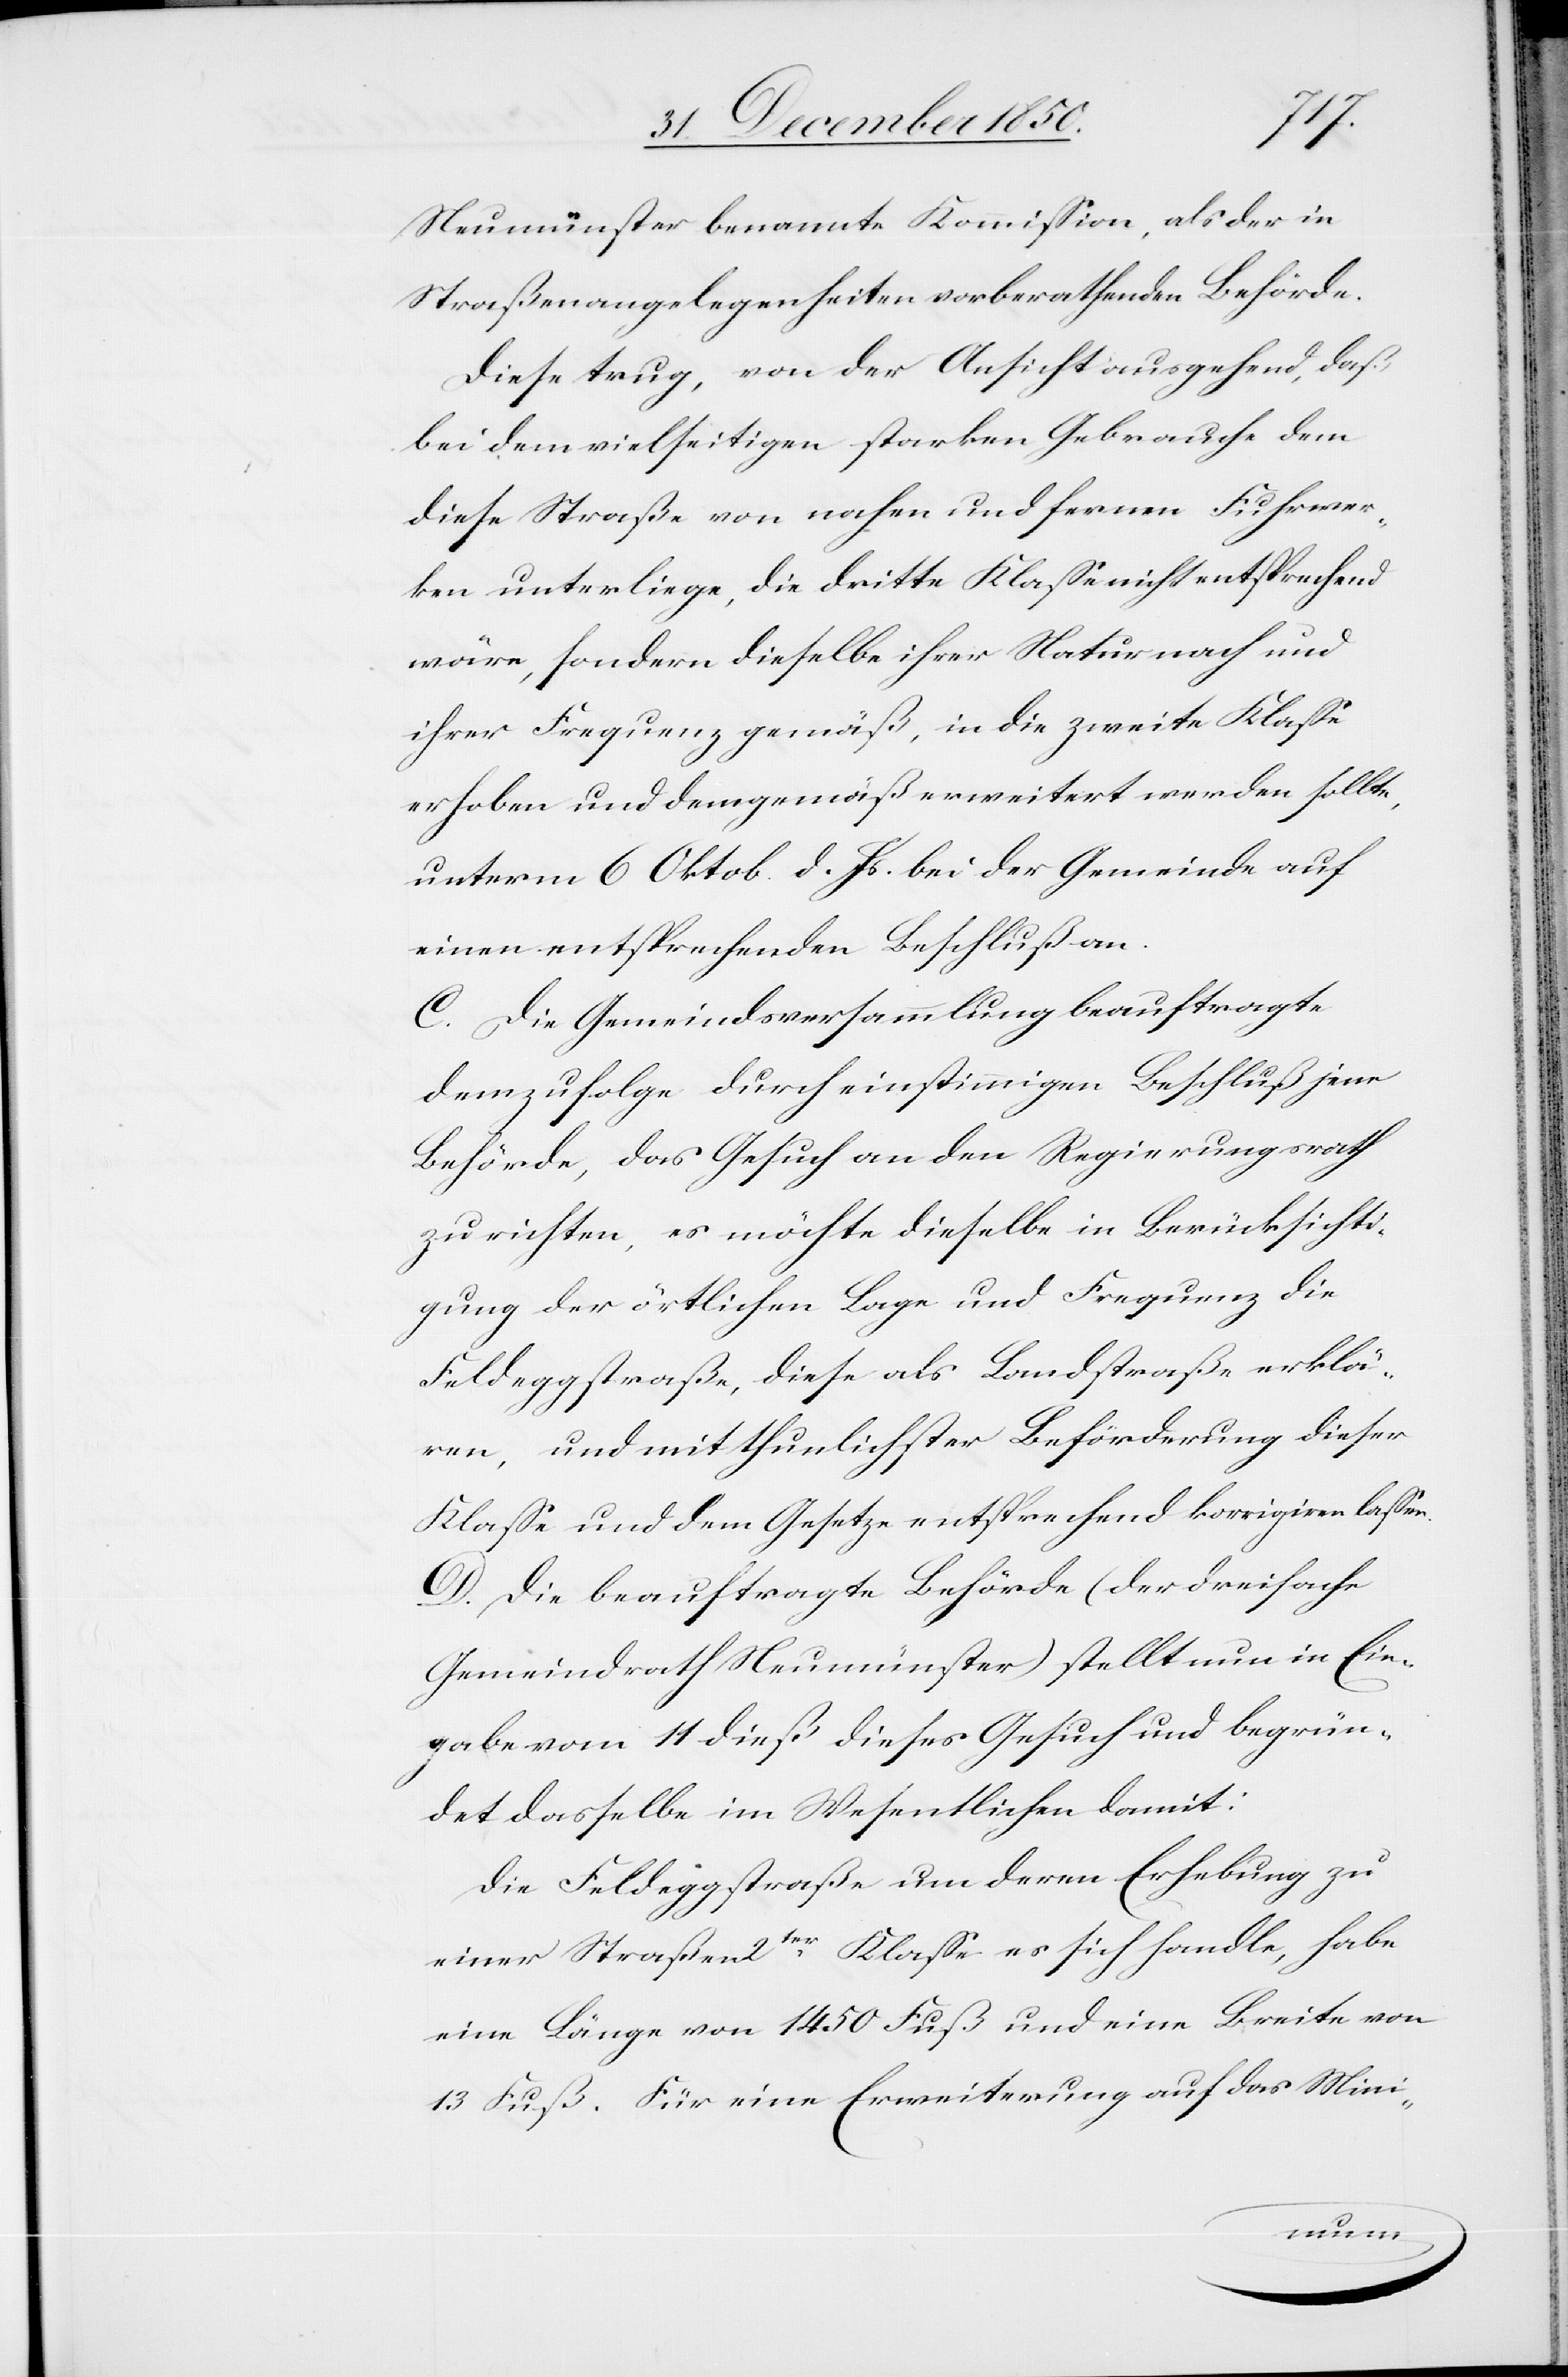
Neumünster benannte Kommission, als der in
Straßenangelegenheiten vorberathenden Behörde.
Diese trug, von der Ansicht ausgehend, daß
bei dem vielseitigen starken Gebrauche dem
diese Straße von nahen und fernen Fuhrwer¬
ken unterliege, die dritte Klasse nicht entsprechend
wäre, sondern dieselbe ihrer Natur nach und
ihrer Frequenz gemäß, in die zweite Klasse
erhoben und demgemäß erweitert werden sollte,
unterm 6 Oktob. d. Js. bei der Gemeinde auf
einen entsprechenden Beschluß an.
C. Die Gemeindsversammlung beauftragte
demzufolge durch einstimmigen Beschluß jene
Behörde, das Gesuch an den Regierungsrath
zu richten, es möchte dieselbe [recte: derselbe] in Berücksichti¬
gung der örtlichen Lage und Frequenz die
Feldeggstraße, diese als Landstraße erklä¬
ren, und mit thunlichster Beförderung dieser
Klasse und dem Gesetze entsprechend korrigiren lassen.
D. Die beauftragte Behörde (der dreifache
Gemeindrath Neumünster) stellt nun in Ein¬
gabe vom 11 dieß dieses Gesuch und begrün¬
det dasselbe im Wesentlichen damit:
Die Feldeggstraße um deren Erhebung zu
einer Straßen [sic!] 2ter Klasse es sich handle, habe
eine Länge von 1450 Fuß und eine Breite von
13 Fuß. Für eine Erweiterung auf das Mini-